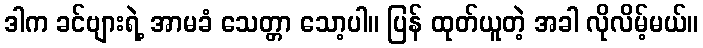
ဒါက ခင်ဗျားရဲ့ အာမခံ သေတ္တာ သော့ပါ။ ပြန် ထုတ်ယူတဲ့ အခါ လိုလိမ့်မယ်။